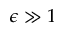
\epsilon \gg 1